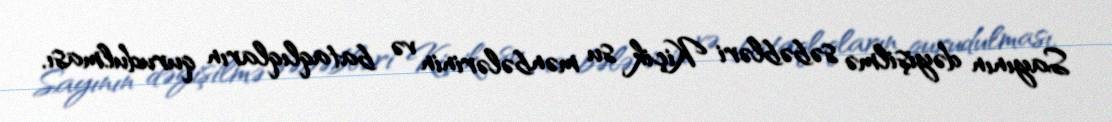
Sayının dəyişilmə səbəbləri Kiçik su mənbələrinin və bataqlıqların qurudulması,